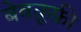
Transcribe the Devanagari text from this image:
बेवक़ूफ़ी